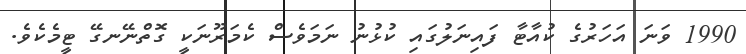
1990 ވަނަ އަހަރުގެ ކުއާޓާ ފައިނަލުގައި ކުޅުނު ނަމަވެސް ކެމަރޫނަކީ ގޮތްނޭނގޭ ޓީމެކެވެ.